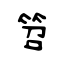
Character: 笤